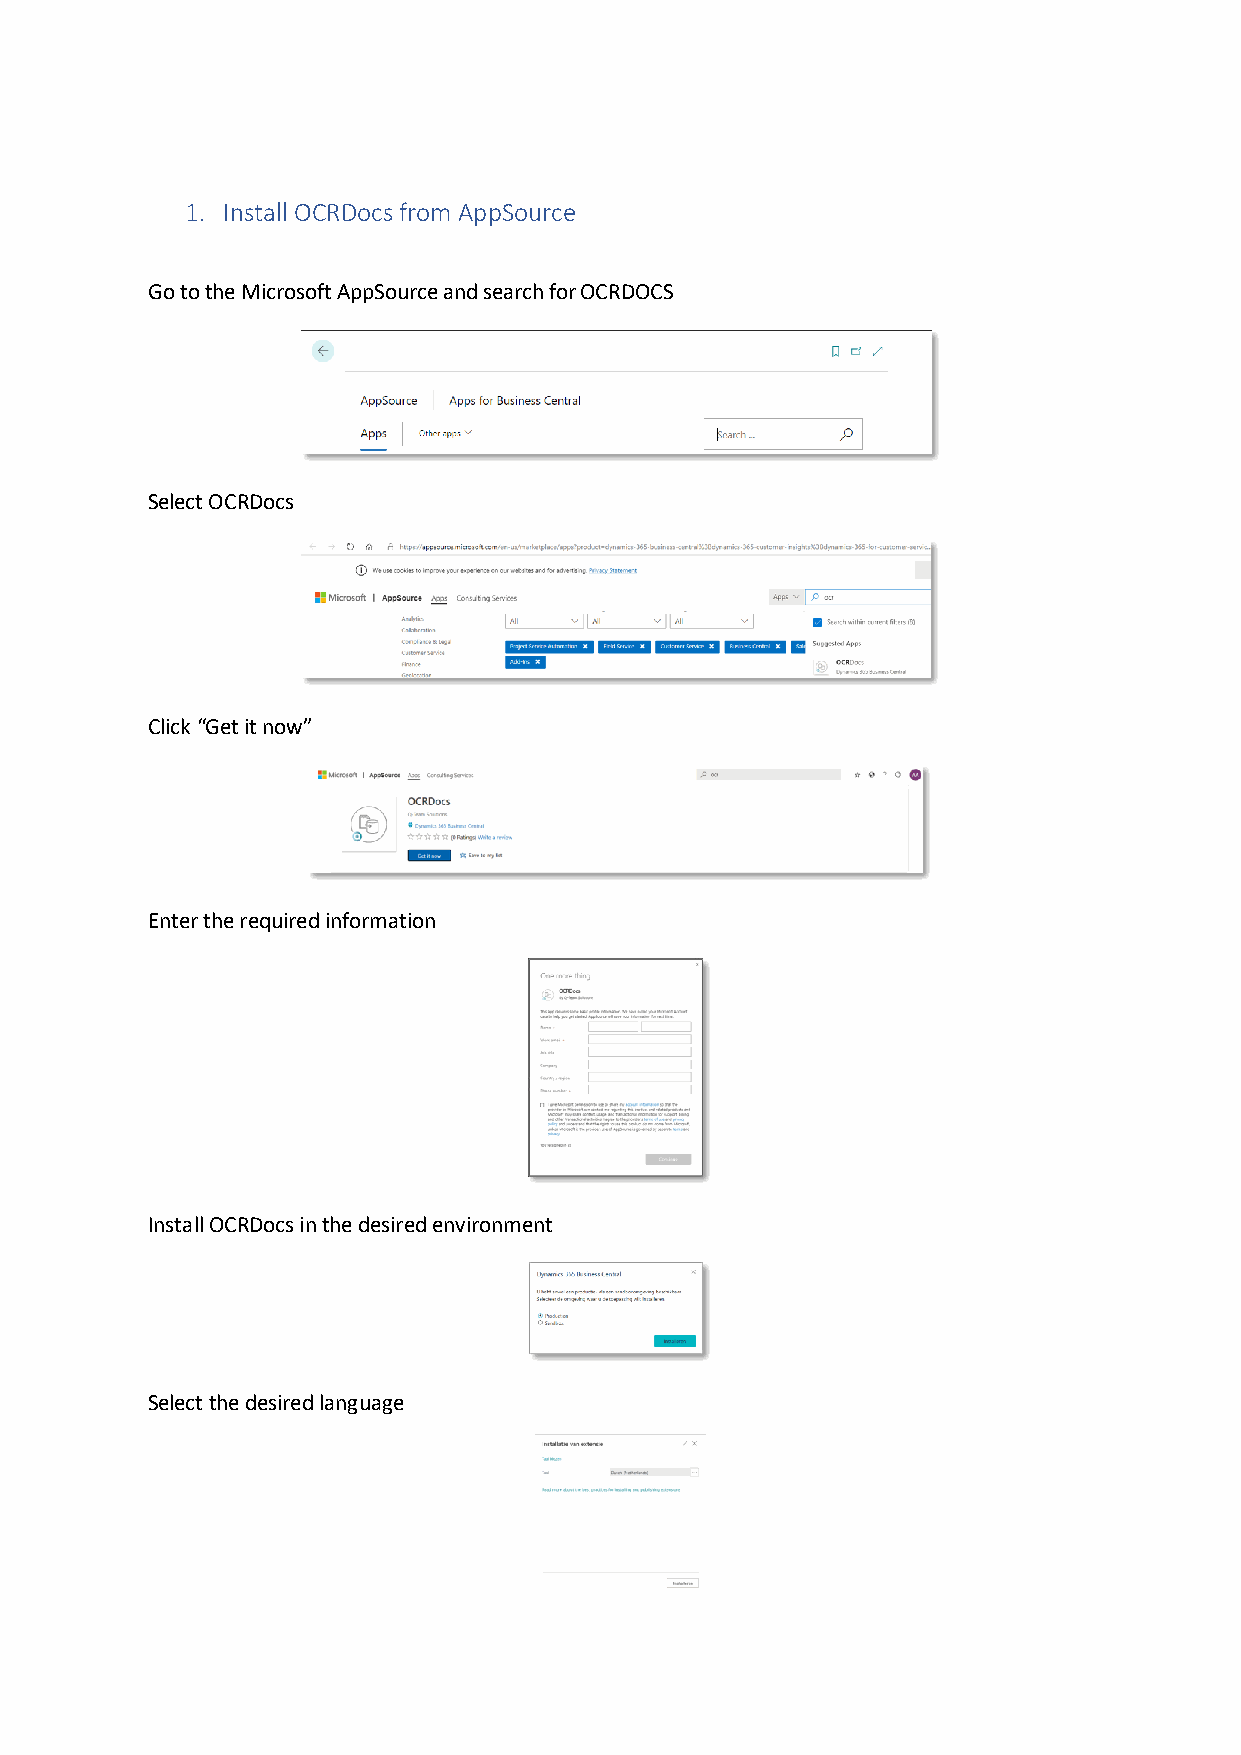
1. Install OCRDocs from AppSource
 Go to the Microsoft AppSource and search for OCRDOCS
 Select OCRDocs
 Click “Get it now”
 Enter the required information
 Install OCRDocs in the desired environment
 Select the desired language